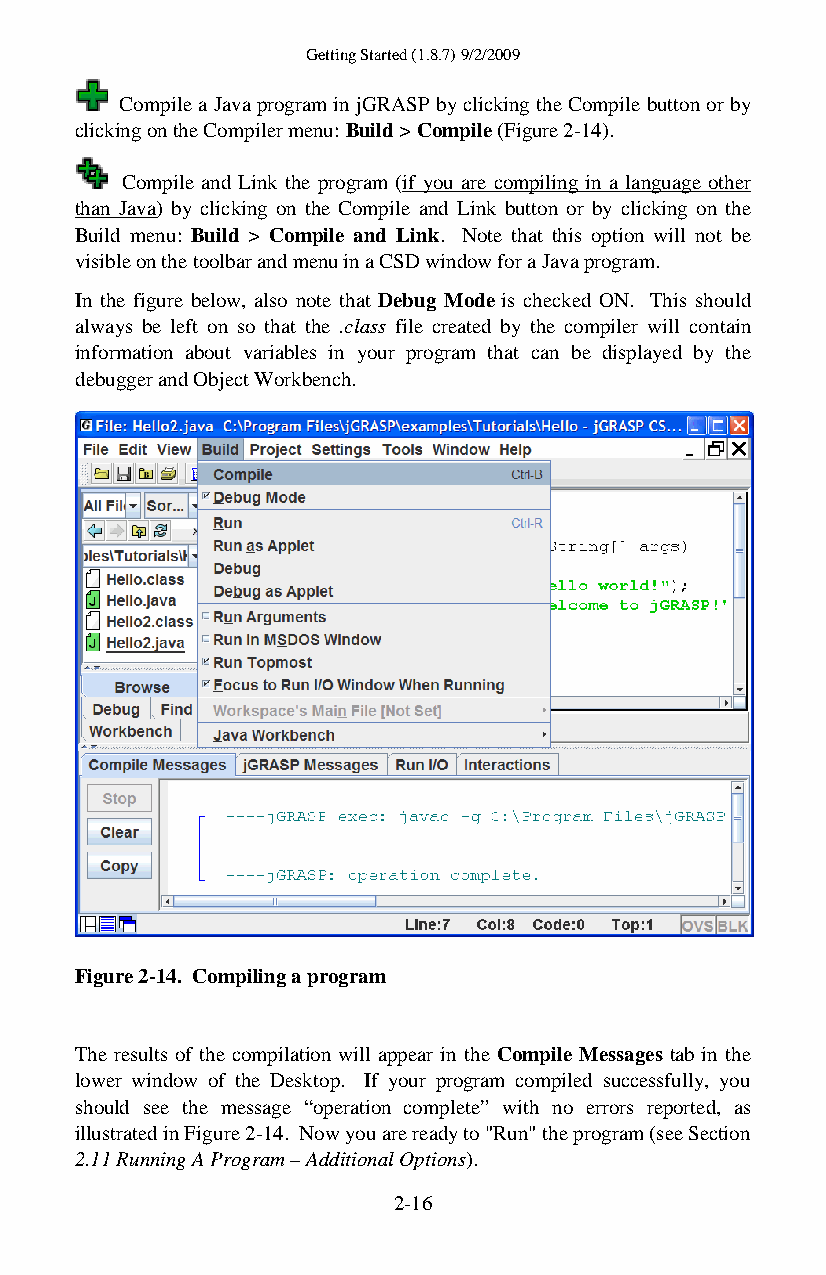
Getting Started (1.8.7) 9/2/2009
 Compile a Java program in jGRASP by clicking the Compile button or by
 clicking on the Compiler menu: Build > Compile (Figure 2-14).
 Compile and Link the program (if you are compiling in a language other
 than Java) by clicking on the Compile and Link button or by clicking on the
 Build menu: Build > Compile and Link. Note that this option will not be
 visible on the toolbar and menu in a CSD window for a Java program.
 In the figure below, also note that Debug Mode is checked ON. This should
 always be left on so that the .class file created by the compiler will contain
 information about variables in your program that can be displayed by the
 debugger and Object Workbench.
 Figure 2-14. Compiling a program
 The results of the compilation will appear in the Compile Messages tab in the
 lower window of the Desktop. If your program compiled successfully, you
 should see the message “operation complete” with no errors reported, as
 illustrated in Figure 2-14. Now you are ready to "Run" the program (see Section
 2.11 Running A Program – Additional Options).
 2-16